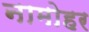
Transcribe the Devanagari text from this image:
नामोहर